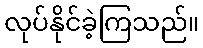
လုပ်နိုင်ခဲ့ကြသည်။